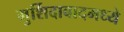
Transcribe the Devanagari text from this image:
मुर्शिदाबादमध्ये